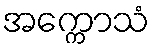
အက္ကောသံ